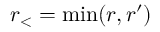
r _ { < } = \operatorname* { m i n } ( r , r ^ { \prime } )